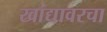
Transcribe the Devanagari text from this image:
खांद्यावरचा